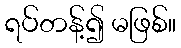
ရပ်တန့်၍ မဖြစ်။